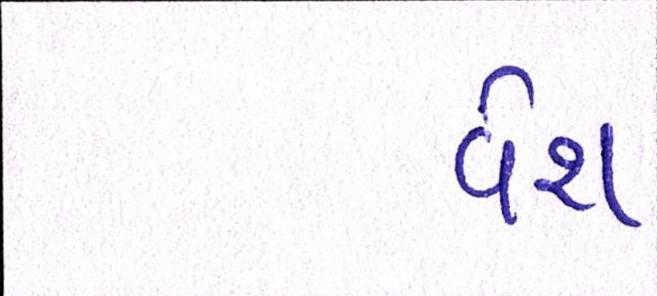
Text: વેશ